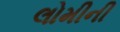
લોમીની